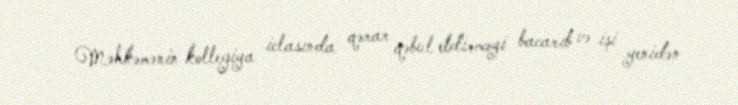
Məhkəmənin kollegiya iclasında qərar qəbul etdirməyi bacarıb və işi yenidən